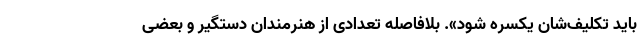
باید تکلیف‌شان یکسره شود». بلافاصله تعدادی از هنرمندان دستگیر و بعضی